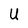
Character: U